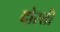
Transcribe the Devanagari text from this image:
दोस्तॊं